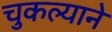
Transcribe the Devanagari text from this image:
चुकल्याने